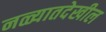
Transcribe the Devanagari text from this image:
नळ्यातदेखील